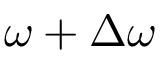
\omega + \Delta \omega